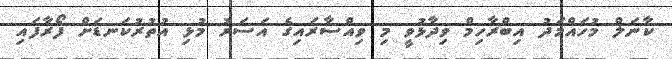
ކާނަލް މުހައްމަދު އިބްރާހިމް ވިދާޅުވީ މި ވިއްސާރައިގެ އަސަރު މުޅި އުތުުރުކަނޑަށް ފޯރާފައި